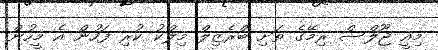
މިއީ ޖޫލްސް ރިމޭގެ ތަށި ބްރެޒިލް މިލްކު ކުރި ފަހުން އެ މީހުން